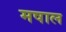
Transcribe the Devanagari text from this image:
मषाल